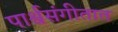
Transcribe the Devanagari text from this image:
पार्श्वसंगीतात